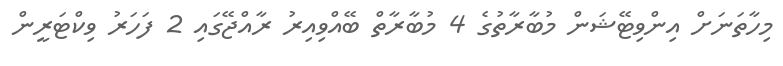
މިހާތަނަށް އިންވިޓޭޝަން މުބާރާތުގެ 4 މުބާރާތް ބޭއްވިއިރު ރާއްޖޭގައި 2 ފަހަރު ވިކްޓަރީން